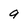
Character: g